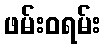
ဖမ်းဝရမ်း